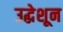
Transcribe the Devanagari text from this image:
उद्धेशून